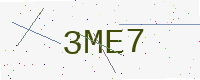
Text: 3ME7